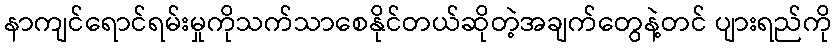
နာကျင်ရောင်ရမ်းမှုကိုသက်သာစေနိုင်တယ်ဆိုတဲ့အချက်တွေနဲ့တင် ပျားရည်ကို